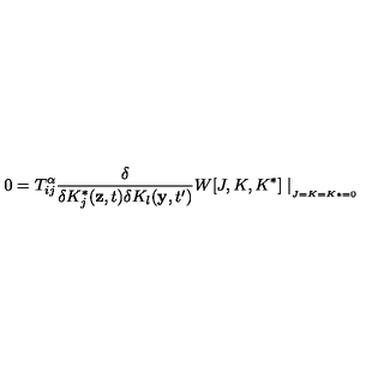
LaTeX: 0 = T _ { i j } ^ { \alpha } \frac { \delta } { \delta K _ { j } ^ { * } ( \mathbf { z } , t ) \delta K _ { l } ( \mathbf { y } , t ^ { \prime } ) } W [ J , K , K ^ { * } ] \mid _ { _ { _ { J = K = K * = 0 } } }